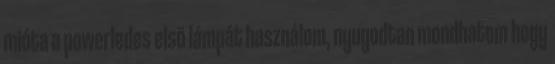
mióta a powerledes elsõ lámpát használom, nyugodtan mondhatom hogy